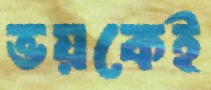
ভয়কেই